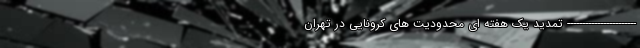
----------------------- تمدید یک هفته ای محدودیت های کرونایی در تهران